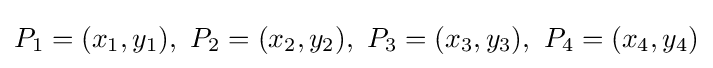
P_{1}=(x_{1},y_{1}),\ P_{2}=(x_{2},y_{2}),\ P_{3}=(x_{3},y_{3}),\ P_{4}=(x_{4},y_{4})